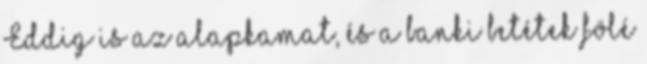
Eddig is az alapkamat, és a banki betétek fölé